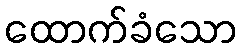
ထောက်ခံသော